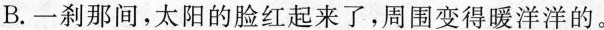
B.一刹那间，太阳的脸红起来了，周围变得暖洋洋的。